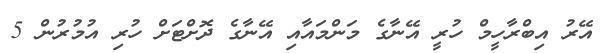
އޭރު އިބްރާހީމް ހުރީ އޭނާގެ މަންމައާއި އޭނާގެ ދޮށްޓަށް ހުރި އުމުރުން 5